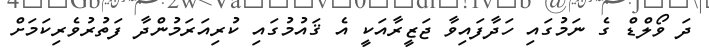
ދަ ވޯލްޑް ގެ ނަމުގައި ހަދާފައިވާ ޖަޒީރާއަކީ އެ ޤައުމުގައި ކުރިއަރަމުންދާ ފަތުރުވެރިކަމަށް